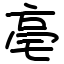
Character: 亳